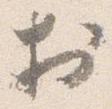
於